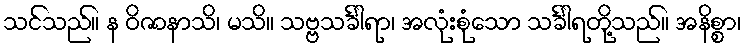
သင်သည်။ န ဝိဇာနာသိ၊ မသိ။ သဗ္ဗသင်္ခါရာ၊ အလုံးစုံသော သင်္ခါရတို့သည်။ အနိစ္စာ၊